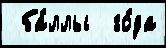
 ба́ллы  го́да